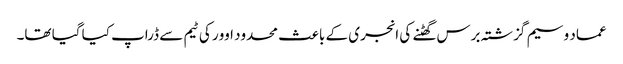
عماد وسیم گزشتہ برس گھٹنے کی انجری کے باعث محدود اوور کی ٹیم سے ڈراپ کیا گیا تھا۔